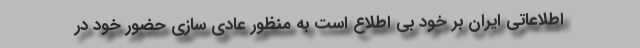
اطلاعاتی ایران بر خود بی اطلاع است به منظور عادی سازی حضور خود در